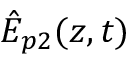
{ \hat { E } } _ { p 2 } ( z , t )